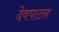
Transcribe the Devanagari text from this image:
देवपाटन